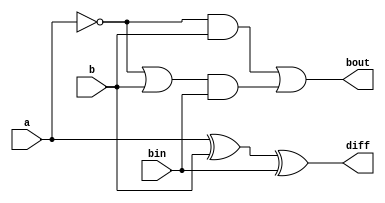
module FullSubtractor (
    input a,
    input b,
    input bin,
    output diff,
    output bout
);

assign diff = (a ^ b) ^ bin;
assign bout = (~a & b) | ((~a | b) & bin);

endmodule